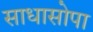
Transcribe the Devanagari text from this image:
साधासोपा